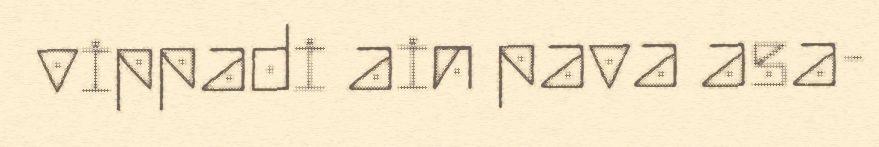
vippadi ain pava asa-